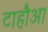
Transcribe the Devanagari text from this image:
टाहौआ